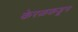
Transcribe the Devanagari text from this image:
केरळकडून